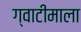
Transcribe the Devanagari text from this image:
ग्वाटीमाला